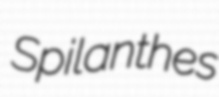
Spilanthes